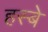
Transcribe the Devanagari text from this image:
हस्बे